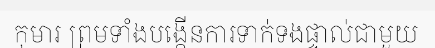
កុមារ ព្រមទាំងបង្កើនការទាក់ទងផ្ទាល់ជាមួយ